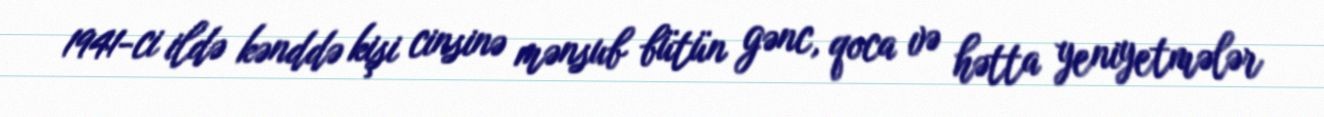
1941-ci ildə kənddə kişi cinsinə mənsub bütün gənc, qoca və hətta yeniyetmələr